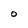
Character: O